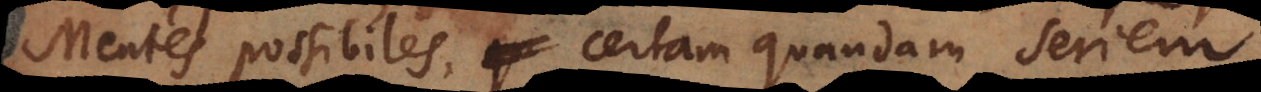
Mentes possibiles, certam quandam seriem